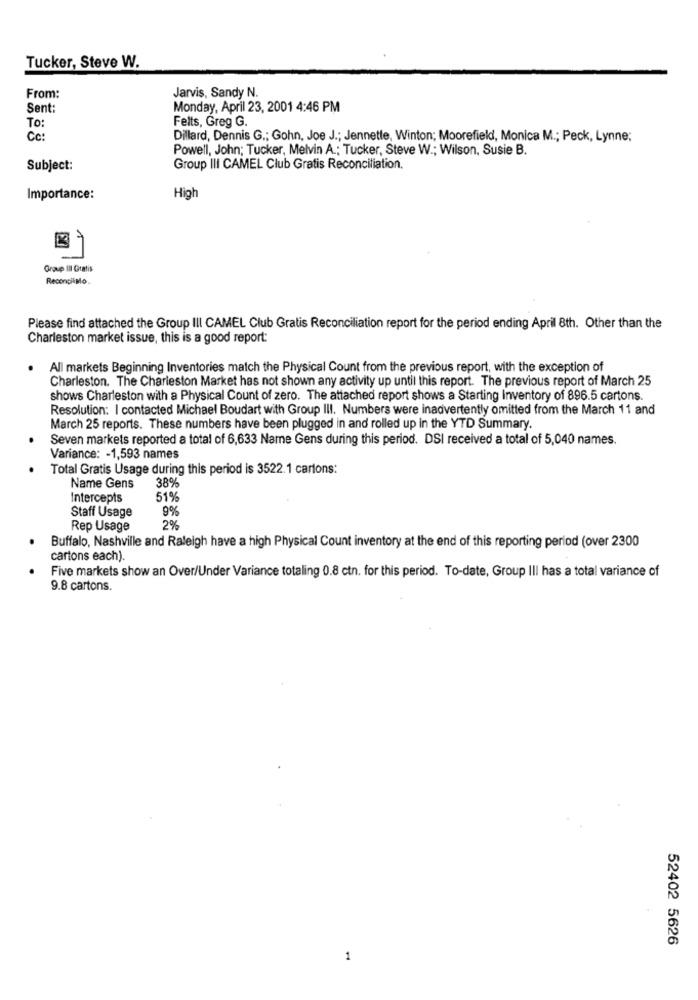
Tucker, Steve W.
From:
Jarvis, Sandy N.
Sent:
Monday, April 23, 2001 4:46 PM
Felts, Greg G.
To:
Cc:
Dillard, Dennis G .; Gohn, Joe J .; Jennette, Winton; Moorefield, Monica M .; Peck, Lynne;
Powell, John; Tucker, Melvin A .; Tucker, Steve W .; Wilson, Susie B.
Subject:
Group III CAMEL Club Gratis Reconciliation.
Importance:
High
Grave III Gratis
ReconcilMio.
Please find attached the Group III CAMEL Club Gratis Reconciliation report for the period ending April 8th. Other than the
Charleston market issue, this is a good report:
All markets Beginning Inventories match the Physical Count from the previous report, with the exception of
Charleston. The Charleston Market has not shown any activity up until this report. The previous report of March 25
shows Charleston with a Physical Count of zero. The attached report shows a Starting Inventory of 896.5 cartons.
Resolution: I contacted Michael Boudart with Group III. Numbers were inadvertently omitted from the March 11 and
March 25 reports. These numbers have been plugged in and rolled up in the YTD Summary.
Seven markets reported a total of 6,633 Name Gens during this period. DSI received a total of 5,040 names.
Variance: - 1,593 names
Total Gratis Usage during this period is 3522.1 cartons:
38%
Name Gens
Intercepts
51%
Staff Usage
9%
Rep Usage
2%
Buffalo, Nashville and Raleigh have a high Physical Count inventory at the end of this reporting period (over 2300
cartons each).
Five markets show an Over/Under Variance totaling 0.8 ctn. for this period. To-date, Group III has a total variance of
9.8 cartons.
52402 5626
1